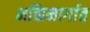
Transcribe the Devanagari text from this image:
भक्तिमार्गात